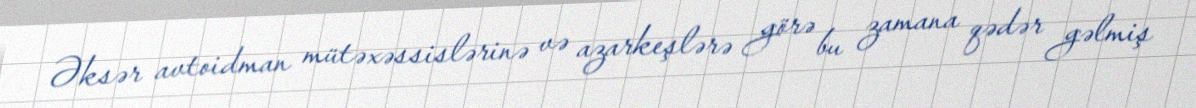
Əksər avtoidman mütəxəssislərinə və azarkeşlərə görə bu zamana qədər gəlmiş